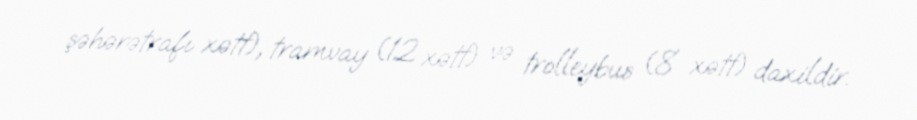
şəhərətrafı xətt), tramvay (12 xətt) və trolleybus (8 xətt) daxildir.